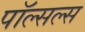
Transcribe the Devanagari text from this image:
पॉल्सल्स